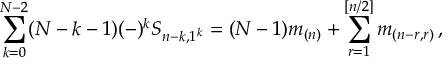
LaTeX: \sum _ { k = 0 } ^ { N - 2 } ( N - k - 1 ) ( - ) ^ { k } S _ { n - k , 1 ^ { k } } = ( N - 1 ) m _ { ( n ) } + \sum _ { r = 1 } ^ { [ n / 2 ] } m _ { ( n - r , r ) } \, , \nonumber